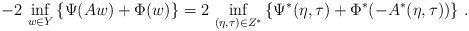
LaTeX: \begin{align*}- 2\, \inf_{w\in Y} \left\{\Psi (A w) + \Phi(w) \right\} = 2\, \inf_{(\eta,\tau) \in Z^*} \left\{ \Psi^*(\eta,\tau) + \Phi^*(-A^* (\eta,\tau)) \right\}\, .\end{align*}